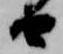
由